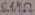
Text: 5.1MΩ